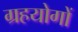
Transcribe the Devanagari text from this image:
ग्रहयोगों